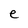
Character: e